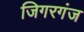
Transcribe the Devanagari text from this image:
जिगरगंज